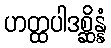
ဟတ္ထပါဒစ္ဆိန္နံ